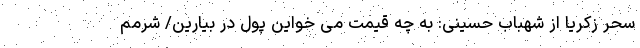
سحر زکریا از شهباب حسینی: به چه قیمت می خواین پول در بیارین/ شرمم